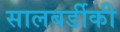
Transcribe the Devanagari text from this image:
सालबर्डीकी